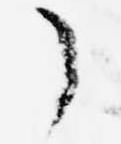
了